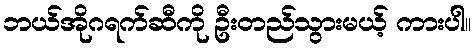
ဘယ်အိုဂရက်ဆီကို ဦးတည်သွားမယ့် ကားပါ။